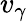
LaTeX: v_{\gamma}